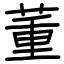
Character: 董